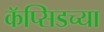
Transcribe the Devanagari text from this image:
कॅप्सिडच्या